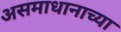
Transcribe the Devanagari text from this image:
असमाधानाच्या